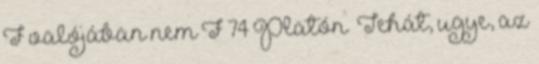
F valójában nem F 74 Platón „Tehát, ugye, az